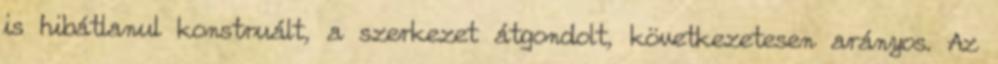
is hibátlanul konstruált, a szerkezet átgondolt, következetesen arányos. Az